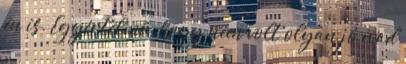
én is. Egyértelmű, hogy nem volt olyan jó évad